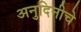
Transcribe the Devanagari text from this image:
अनुदिनीचे